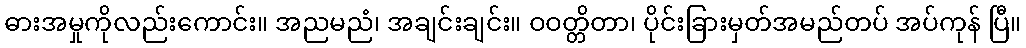
ဓားအမှုကိုလည်းကောင်း။ အညမညံ၊ အချင်းချင်း။ ဝဝတ္တိတာ၊ ပိုင်းခြားမှတ်အမည်တပ် အပ်ကုန် ပြီ။